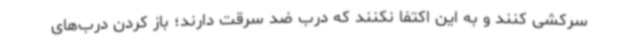
سرکشی کنند و به این اکتفا نکنند که درب ضد سرقت دارند؛ باز کردن درب‌های